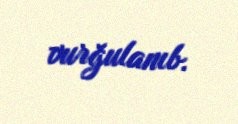
vurğulanıb.